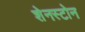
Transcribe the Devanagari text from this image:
शेनस्टोन